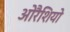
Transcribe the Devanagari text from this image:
ओरैशियो